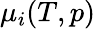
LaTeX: \mu_{i}(T,p)